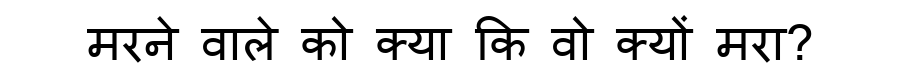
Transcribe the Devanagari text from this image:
मरने वाले को क्या कि वो क्यों मरा?